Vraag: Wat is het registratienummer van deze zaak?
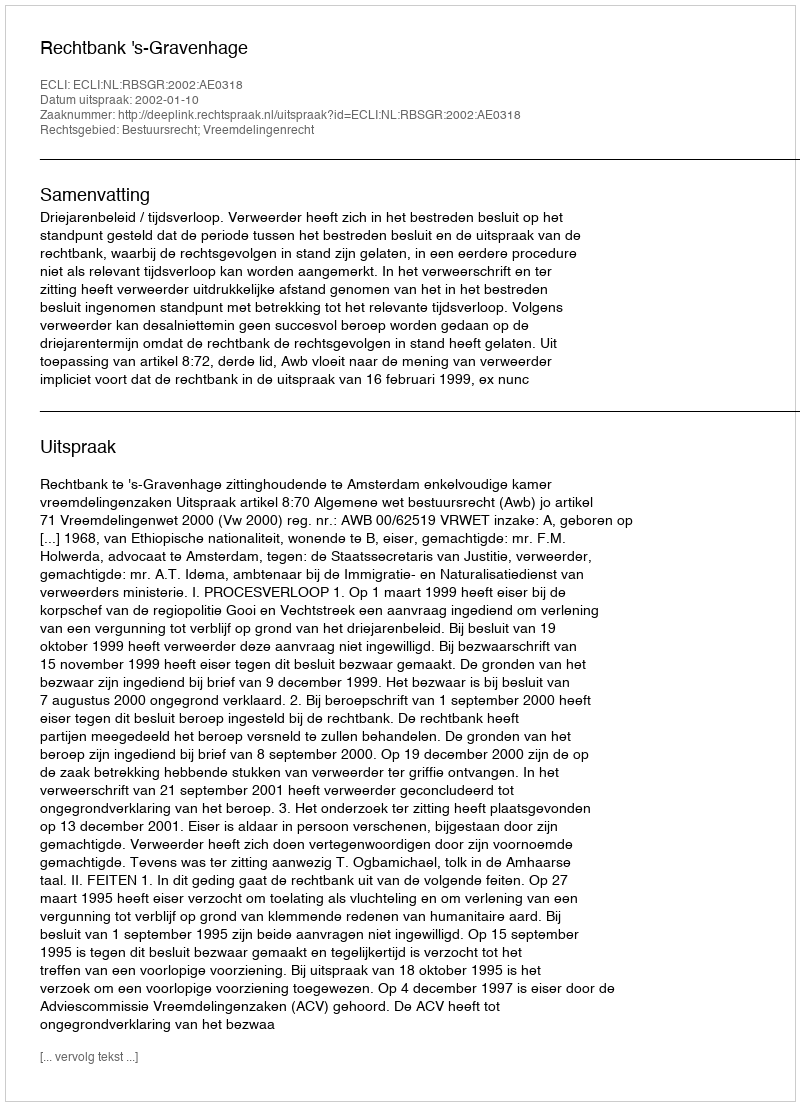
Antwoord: http://deeplink.rechtspraak.nl/uitspraak?id=ECLI:NL:RBSGR:2002:AE0318